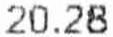
20.28